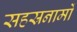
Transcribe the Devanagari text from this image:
सहस्रनामों